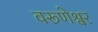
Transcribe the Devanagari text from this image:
वरूणेश्वर